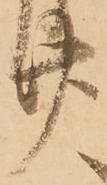
廿